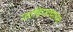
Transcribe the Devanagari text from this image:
जाहिरातदारास